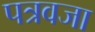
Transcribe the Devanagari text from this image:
पत्रवजा